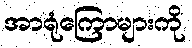
အာရုံကြောများကို